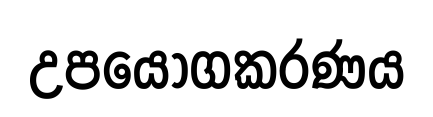
උපයෝගකරණය